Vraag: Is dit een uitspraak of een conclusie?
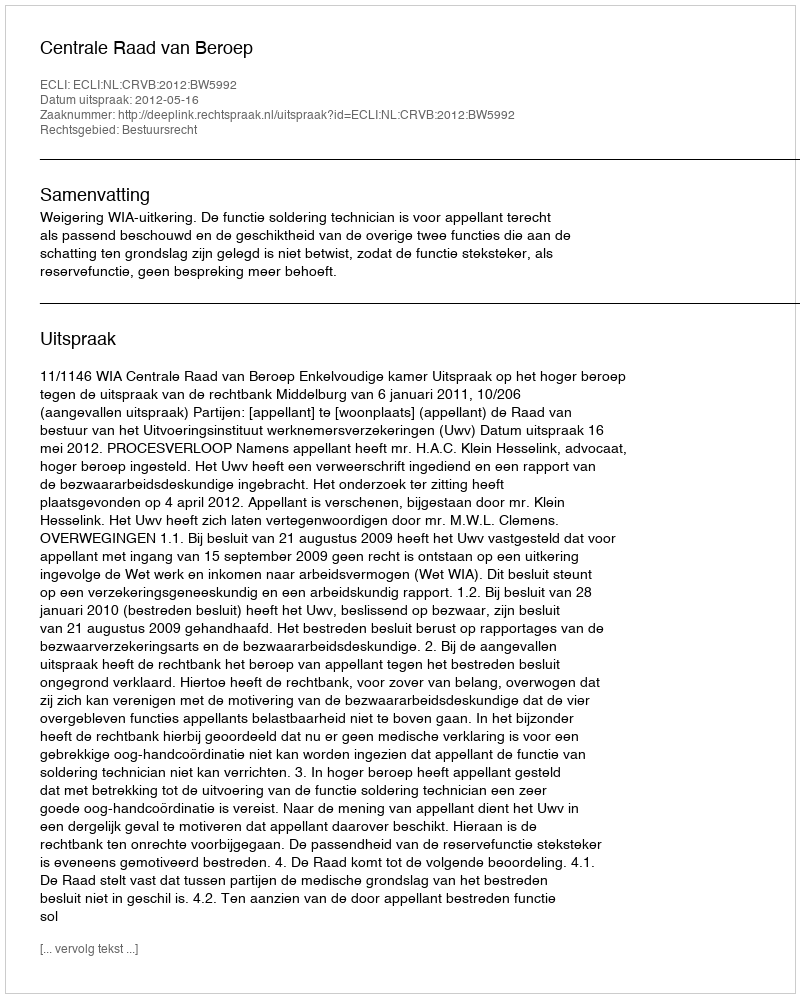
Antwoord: Uitspraak